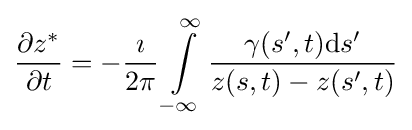
{\frac {\partial z^{*}}{\partial t}}=-{\frac {\imath }{2\pi }}\int \limits _{-\infty }^{\infty }{\frac {\gamma (s',t)\mathrm {d} s'}{z(s,t)-z(s',t)}}